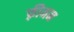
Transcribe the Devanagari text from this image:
फ़्रीमन